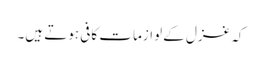
کہ غزل کے لوازمات کافی ہوتے ہیں۔